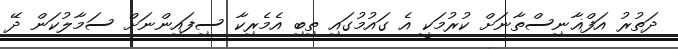
ދަތުރު އަފްޣާނިސްތާނަށް ކުރުމަކީ އެ ގައުމުގައި ތިބި އެމެރިކާ ސިފައިންނަށް ސަމާލުކަން ދޭ